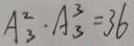
A _ { 3 } ^ { 2 } \cdot A _ { 3 } ^ { 3 } = 3 6